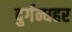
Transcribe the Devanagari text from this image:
दुर्गन्धहर